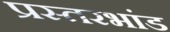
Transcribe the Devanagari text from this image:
प्रस्तरभांड